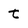
Character: t